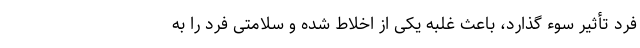
فرد تأثیر سوء گذارد، باعث غلبه یکی از اخلاط شده و سلامتی فرد را به